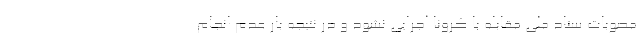
مصوبات ستاد ملی مقابله با کرونا اجرایی نشود و در نتیجه بار عدم انجام